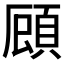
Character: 𮨇